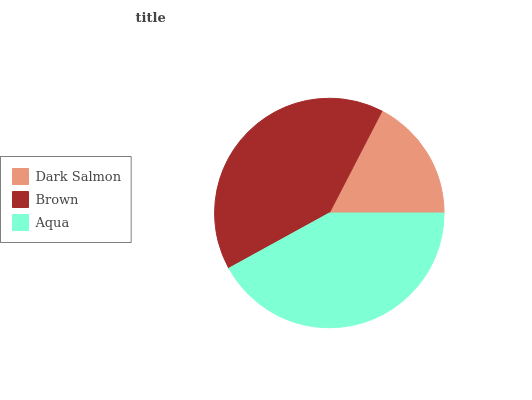
| Dark Salmon | Brown | Aqua |
 | --- | --- | --- |
 | 17.4% | 40.6% | 42% |